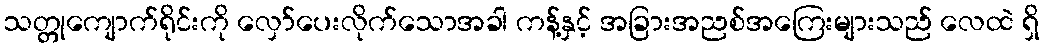
သတ္တုကျောက်ရိုင်းကို လှော်ပေးလိုက်သောအခါ ကန့်နှင့် အခြားအညစ်အကြေးများသည် လေထဲ ရှိ